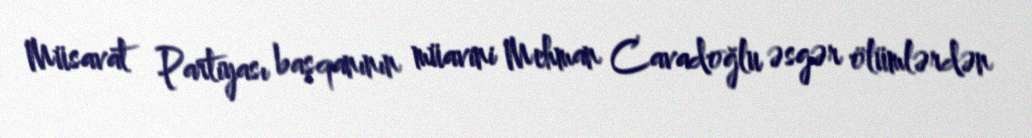
Müsavat Partiyası başqanının müavini Mehman Cavadoğlu əsgər ölümlərdən